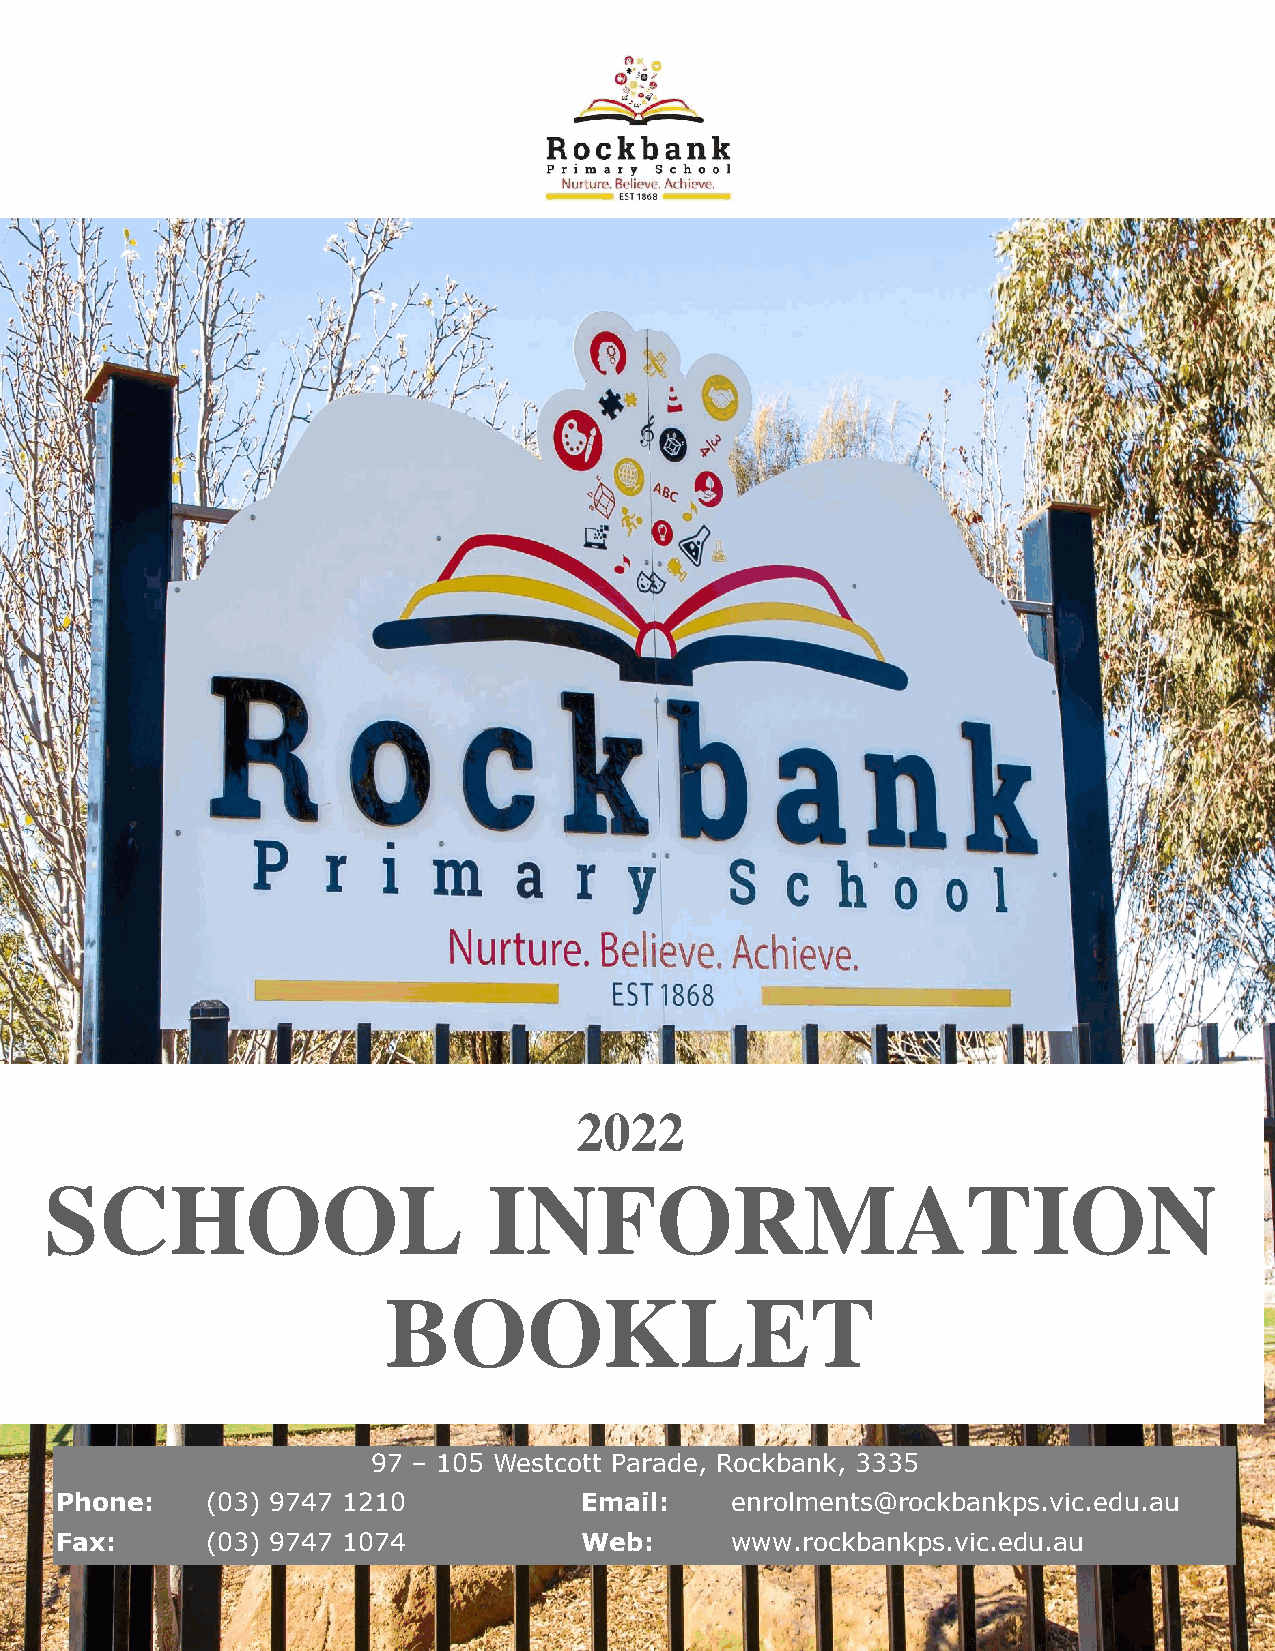
2022
 SCH          OOL             INFORMATION
 BOOKLET
 97 – 105 Westcott Parade, Rockbank, 3335
 Phone:    (03) 9747 1210          Email:    enrolments@rockbankps.vic.edu.au
 Fax:      (03) 9747 1074          Web:      www.rockbankps.vic.edu.au